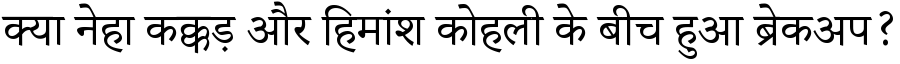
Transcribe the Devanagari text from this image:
क्या नेहा कक्कड़ और हिमांश कोहली के बीच हुआ ब्रेकअप?